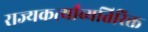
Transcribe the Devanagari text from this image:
राज्यकर्त्यांव्यतिरिक्त